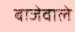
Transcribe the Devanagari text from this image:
बाजेवाले